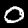
Digit: 0